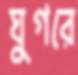
ঘুগরে